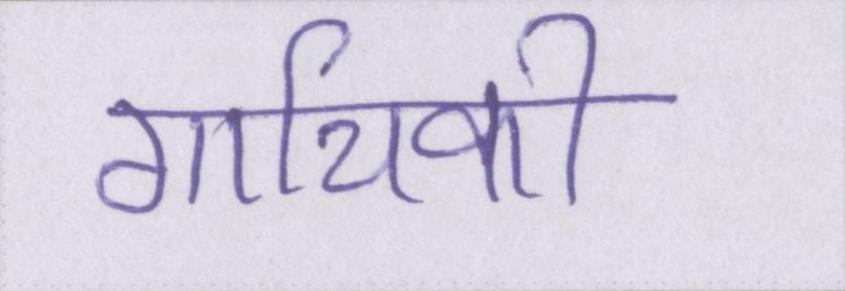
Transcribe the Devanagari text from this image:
गायिकी